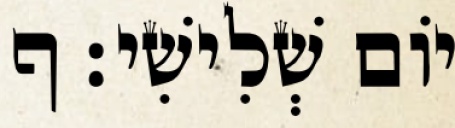
יֹום שְׁלִישִׁי׃ ף